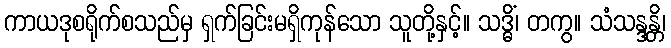
ကာယဒုစရိုက်စသည်မှ ရှက်ခြင်းမရှိကုန်သော သူတို့နှင့်။ သဒ္ဓိံ၊ တကွ။ သံသန္ဒန္တိ၊